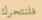
فلنتحرك